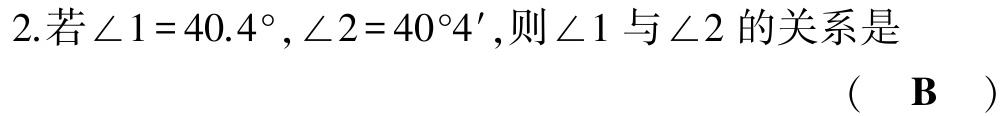
2.若\(\angle 1 = 40.4^{\circ}, \angle 2 = 40^{\circ}4'\),则\(\angle 1\)与\(\angle 2\)的关系是 （ B ）